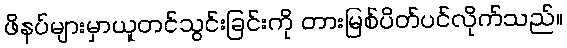
ဖိနပ်များမှာယူတင်သွင်းခြင်းကို တားမြစ်ပိတ်ပင်လိုက်သည်။